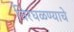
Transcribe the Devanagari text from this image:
विरघळण्याचे